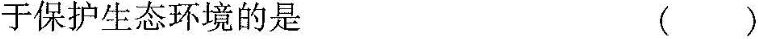
于保护生态环境的是（）